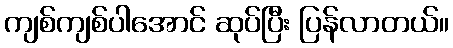
ကျစ်ကျစ်ပါအောင် ဆုပ်ပြီး ပြန်လာတယ်။